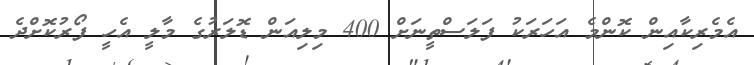
އެމެރިކާއިން ކޮންމެ އަހަރަކު ފަލަސްތީނަށް 400 މިލިއަން ޑޮލަރުގެ މާލީ އެހީ ފޯރުކޮށްދެ